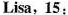
Lisa，15: